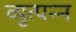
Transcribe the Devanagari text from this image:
व्युत्पन्‍न